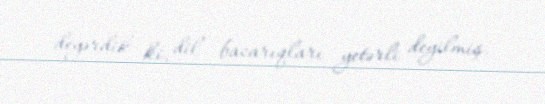
deyərdik ki, dil bacarıqları yetərli deyilmiş.